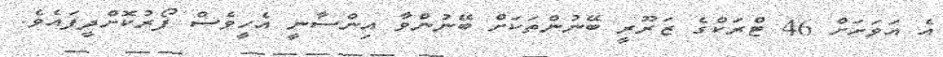
އެ އަވަށަށް 46 ޓްރަކްގެ ޒަރޫރީ ބޭނުންތަކަށް ބޭނުންވާ އިންސާނީ އެހީވެސް ފޯރުކޮށްދީފައެވެ.